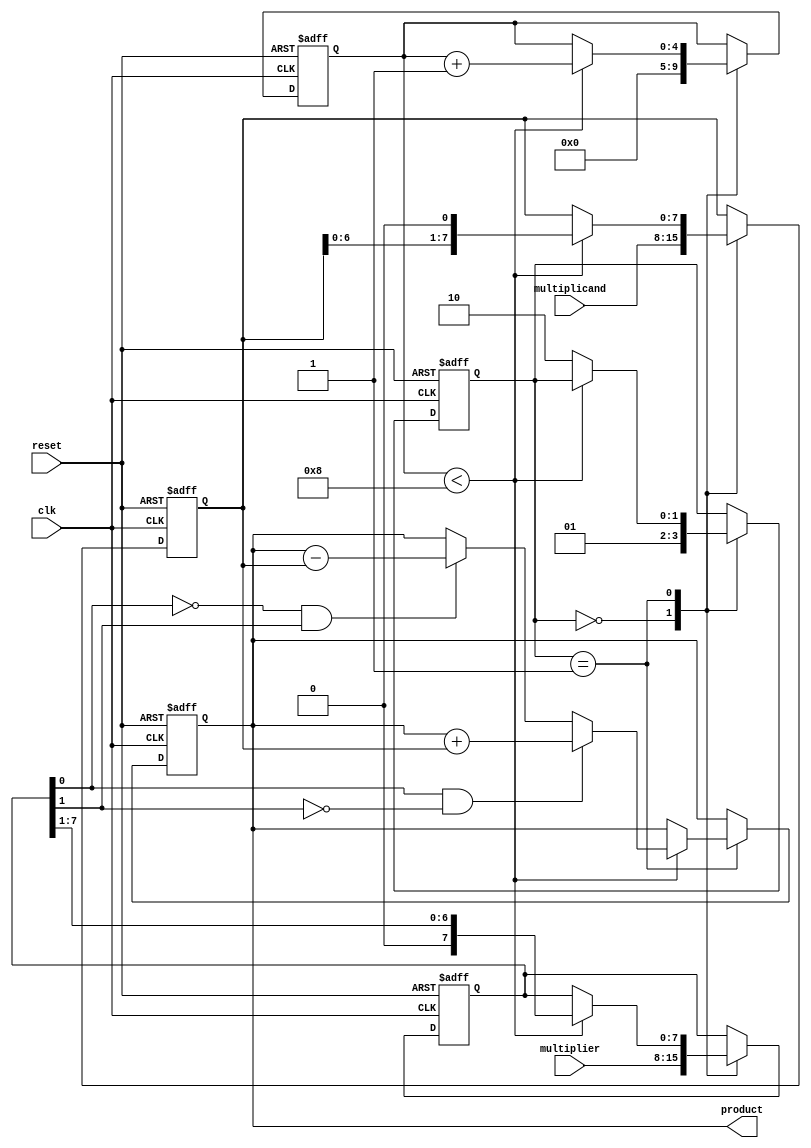
module sequential_booth_multiplier(
    input wire clk,
    input wire reset,
    input wire [7:0] multiplicand,
    input wire [7:0] multiplier,
    output reg [15:0] product
);

reg [7:0] x_reg;
reg [7:0] m_reg;
reg [4:0] count;
reg [1:0] state;

always @(posedge clk or posedge reset) begin
    if (reset) begin
        x_reg <= 8'b0;
        m_reg <= 8'b0;
        count <= 5'b0;
        state <= 2'b00;
        product <= 16'b0;
    end else begin
        case(state)
            2'b00: begin
                x_reg <= multiplicand;
                m_reg <= multiplier;
                count <= 5'b0;
                state <= 2'b01;
            end
            2'b01: begin
                if(count < 8) begin
                    if(m_reg[0] & !m_reg[1]) begin
                        product <= product + x_reg;
                    end else if(!m_reg[0] & m_reg[1]) begin
                        product <= product - x_reg;
                    end
                    count <= count + 1;
                    x_reg <= x_reg << 1;
                    m_reg <= m_reg >> 1;
                end else begin
                    state <= 2'b10;
                end
            end
            2'b10: begin
                // final state, do nothing
            end
        endcase
    end
end

endmodule